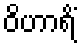
ဝိဟာရိံ